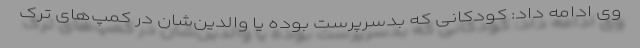
وی ادامه داد: کودکانی که بدسرپرست بوده یا والدین‌شان در کمپ‌های ترک